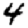
Digit: 4